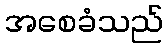
အစေခံသည်